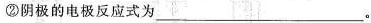
②阴极的电极反应式为 ___。